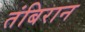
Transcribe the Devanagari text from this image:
तंबिरान